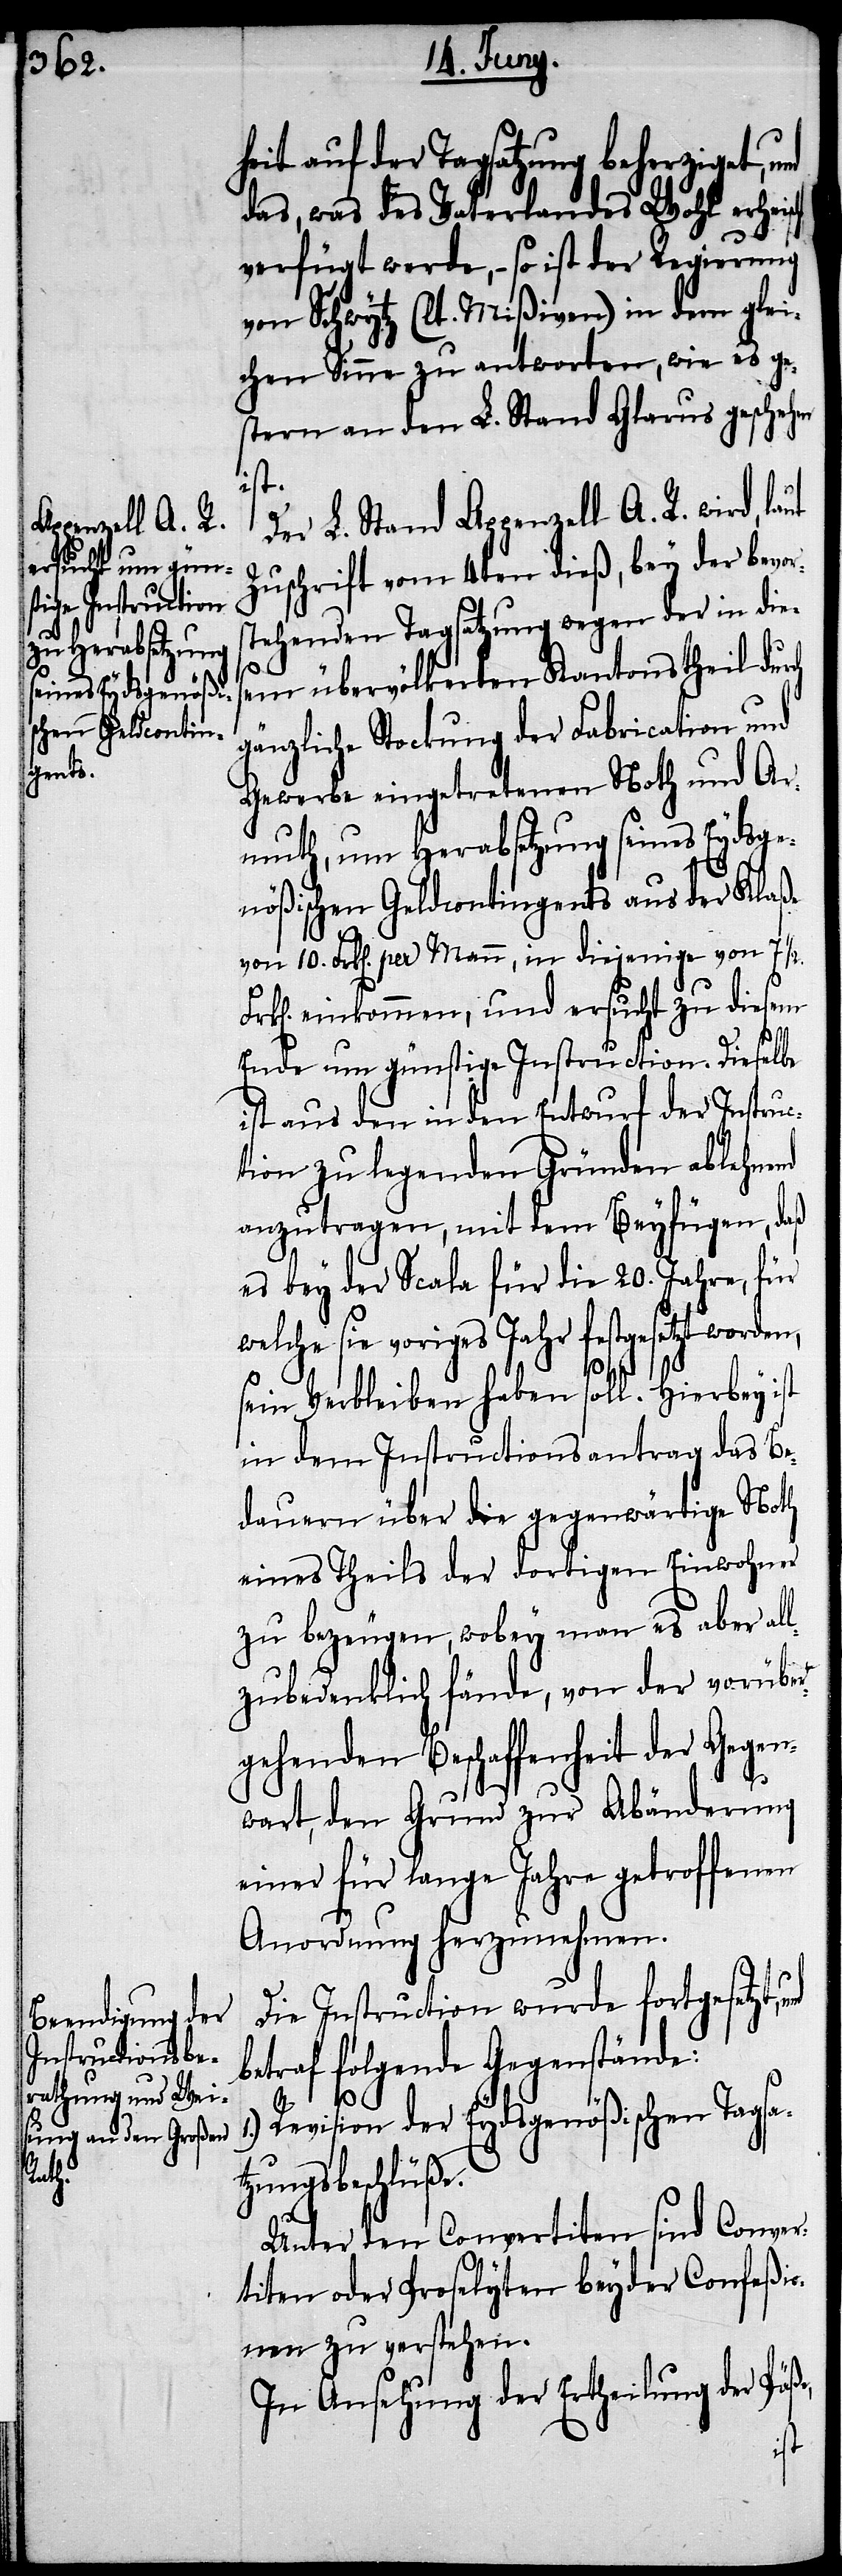
heit auf der Tagsatzung beherziget, u¬
das, was des Vaterlandes Wohl erheis¬
verfügt werde, – so ist der Regierung
von Schwytz (lt. Mißiven) in dem glei¬
chen Sinne zu antworten, wie es ge¬
stern an den L. Stand Glarus geschehen
ist.
Der L. Stand Appenzell A. R. wird,
Zuschrift vom 4ten dieß, bey der bevor¬
stehenden Tagsatzung wegen der in die¬
sem übervölkerten Kantonstheil dur¬
gänzliche Stockung der Fabrication und
Gewerbe eingetretenen Noth und Ar¬
muth, um Herabsetzung seines Eydsge¬
nößischen Geldcontingents aus der Klaße
von 10. Frk[en]. per Mann, in diejenige von 7
einkommen, und ersucht zu diesem
Ende um günstige Instruction. Dieselbe
ist aus den in den Entwurf der Instruc¬
tion zu legenden Gründen ablehnend
anzutragen, mit dem Beyfügen, daß
es bey der Scala für die 20. Jahre, für
welche sie voriges Jahr festgesetzt worden,
sein Verbleiben haben soll. Hierbey ist
in dem Instructionsantrag das Be¬
dauern über die gegenwärtige Noth
eines Theils der dortigen Einwohner
zu bezeugen, wobey man es aber all¬
zubedenklich fände, von der vorüber¬
gehenden Beschaffenheit der Gegen¬
wart, den Grund zur Abänderung
einer für lange Jahre getroffenen
Anordnung herzunehmen.
Die Instruction wurde fortgesetzt,
betraf folgende Gegenstände:
Revision der Eydsgenößischen Tagsa¬
zungsbeschlüße.
Unter den Convertiten sind Conver¬
titen oder Proselyten beyder Confeßio¬
nen zu verstehen.
In Ansehung der Ertheilung der Päße,
t¬